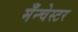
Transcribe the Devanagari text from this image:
मँन्चेस्टर